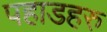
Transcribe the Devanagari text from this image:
पहाडहरु